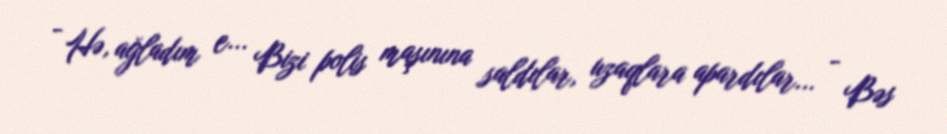
- Hə, ağladım e... Bizi polis maşınına saldılar, uzaqlara apardılar... - Bəs